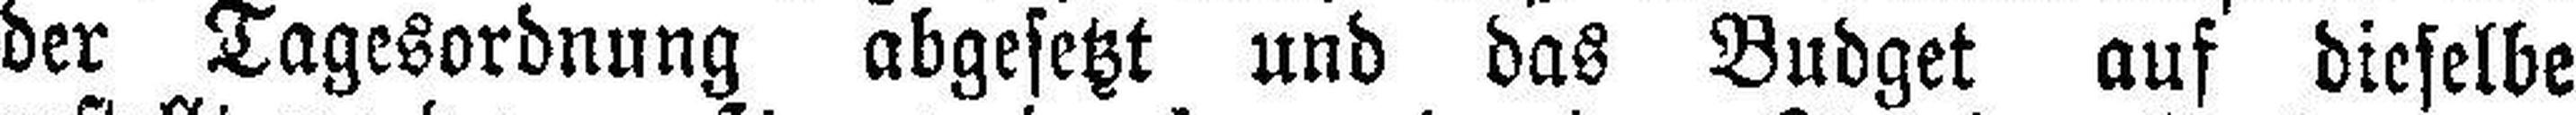
der Tagesordnung abgesetzt und das Budget auf dieselbe